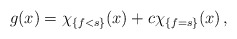
\begin{align*} g(x)=\chi_{\{f<s\}}(x)+c\chi_{\{f=s\}}(x)\,,\end{align*}